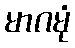
မာဂမုံ